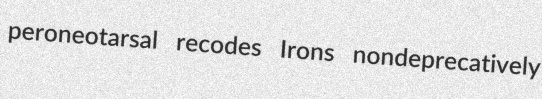
peroneotarsal recodes Irons nondeprecatively